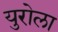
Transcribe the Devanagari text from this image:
युरोला